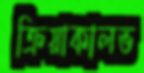
ক্রিয়াকালভ